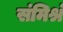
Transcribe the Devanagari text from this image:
संमिश्रं